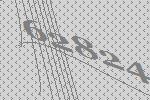
62824